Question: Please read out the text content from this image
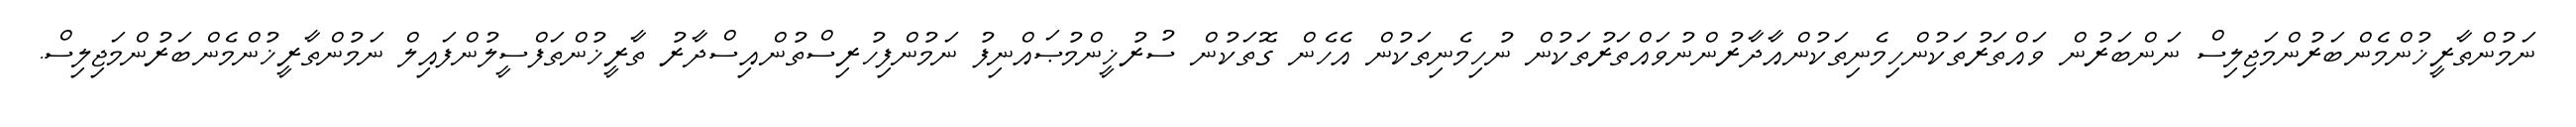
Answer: ނަމުންތާރީޚުންމެންބަރުންމަޖިލިސް ނަންބަރުން ވައްތަރުތަކުންހިމެނިތަކުންއާދާރުންނުވައްތަރުތަކުން ނުހިމެނިތަކުން އެހެން ގޮތަކުން ސުރުޚީންމުޞައްނިފު ނަމުންފިހުރިސްތުންއިސްދާރު ތާރީޚުންތަފްސީލުންފައިލް ނަމުންތާރީޚުންމެންބަރުންމަޖިލިސް.